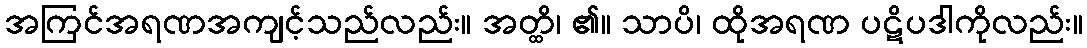
အကြင်အရဏအကျင့်သည်လည်း။ အတ္ထိ၊ ၏။ သာပိ၊ ထိုအရဏ ပဋိပဒါကိုလည်း။